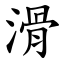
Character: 滑